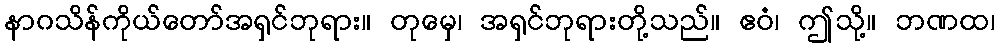
နာဂသိန်ကိုယ်တော်အရှင်ဘုရား။ တုမှေ၊ အရှင်ဘုရားတို့သည်။ ဧဝံ၊ ဤသို့။ ဘဏထ၊